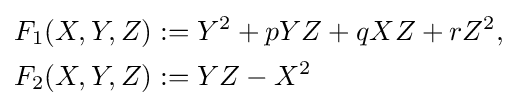
{\begin{aligned}F_{1}(X,Y,Z)&:=Y^{2}+pYZ+qXZ+rZ^{2},\\F_{2}(X,Y,Z)&:=YZ-X^{2}\end{aligned}}